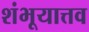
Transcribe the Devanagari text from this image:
शंभूयात्तव